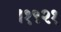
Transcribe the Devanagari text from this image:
।१९२१